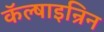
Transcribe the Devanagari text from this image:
कॅल्षाइन्रिन